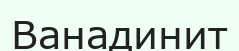
Ванадинит